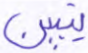
يتبين